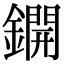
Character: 鐦